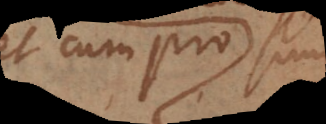
et cum pro